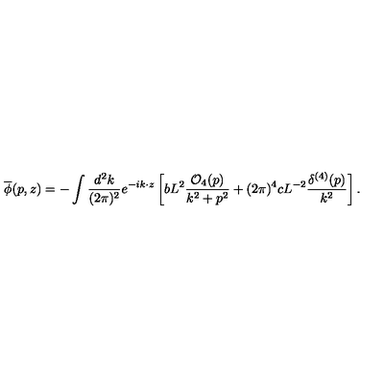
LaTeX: { \overline { \phi } } ( p , z ) = - \int { \frac { d ^ { 2 } k } { ( 2 \pi ) ^ { 2 } } } e ^ { - i k \cdot z } \left[ b L ^ { 2 } { \frac { { \cal O } _ { 4 } ( p ) } { k ^ { 2 } + p ^ { 2 } } } + ( 2 \pi ) ^ { 4 } c L ^ { - 2 } { \frac { \delta ^ { ( 4 ) } ( p ) } { k ^ { 2 } } } \right] .